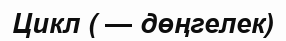
Цикл ( — дөңгелек)